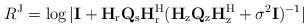
LaTeX: \begin{align*}R^\mathrm{J}=\log|\mathbf{I}+\mathbf{H}_\mathrm{r}\mathbf{Q}_\mathrm{s}\mathbf{H}_\mathrm{r}^\mathrm{H}(\mathbf{H}_\mathrm{z}\mathbf{Q}_\mathrm{z}\mathbf{H}_\mathrm{z}^\mathrm{H} +\sigma^2\mathbf{I})^{-1}|\end{align*}